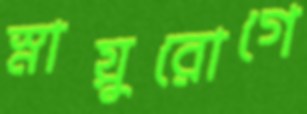
স্নায়ুরোগে